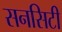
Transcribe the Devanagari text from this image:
सनसिटी